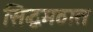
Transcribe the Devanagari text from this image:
सिद्धमठात